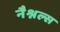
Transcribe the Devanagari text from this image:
नैश्नल्स